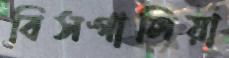
বিসগালিয়া